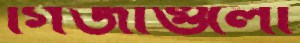
গির্জাগুলো